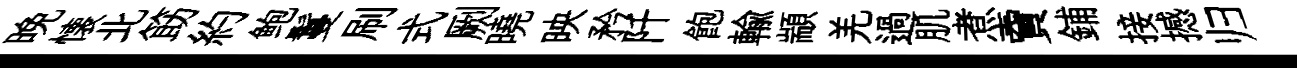
晩懐北筯約鲍鬘刷式劂曉映矜阡飽輸顓羌過肌煮𧶠鋪接撼归